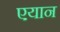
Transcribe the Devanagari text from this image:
एयान